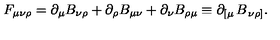
F _ { \mu \nu \rho } = \partial _ { \mu } B _ { \nu \rho } + \partial _ { \rho } B _ { \mu \nu } + \partial _ { \nu } B _ { \rho \mu } \equiv \partial _ { \left[ \mu \right. } B _ { \left. \nu \rho \right] } .